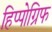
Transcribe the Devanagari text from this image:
हिप्पोग्रिफ